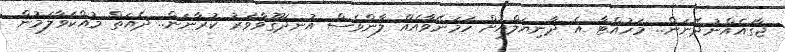
ޖާގައެއްނުދޭނަން.. މަހުއްޓާ އެ ދާނިޔަލްއަށް ހަމަނޭވާއެއް ލާންވެސް އުނދަގޫވާވަރު ކުރާނަން.. ދެއަތް މުއްކަވާލަމުން